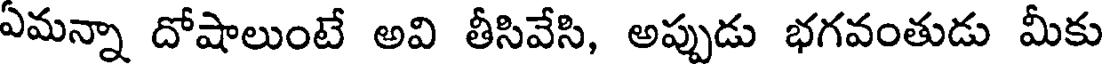
ఏమన్నా దోషాలుంటే అవి తీసివేసి, అప్పుడు భగవంతుడు మీకు